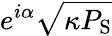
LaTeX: e^{i\alpha}\sqrt{\kappa P_{\mathrm{S}}}